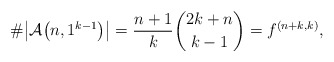
\begin{gather*} \# \big|{\cal A}\big(n,1^{k-1}\big) \big| = {n+1 \over k}{2k+n \choose k-1} = f^{(n+k,k)}, \end{gather*}